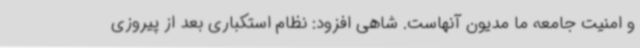
و امنیت جامعه ما مدیون آنهاست. شاهی افزود: نظام استکباری بعد از پیروزی